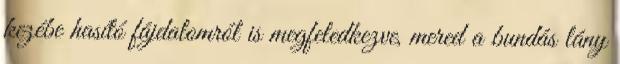
kezébe hasító fájdalomról is megfeledkezve, mered a bundás lány